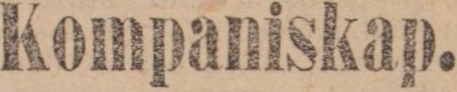
Kompaniskap.